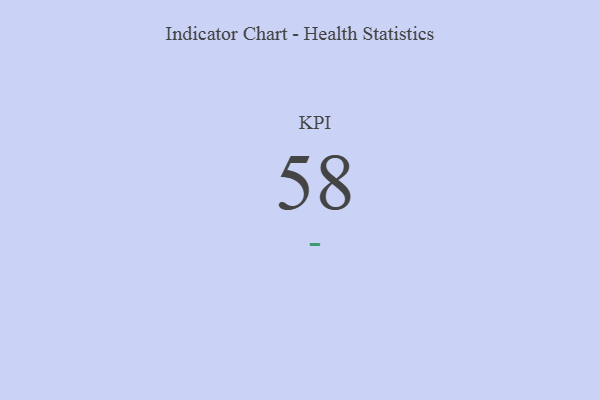
{"axis": {"x": "KPI", "y": "Value"}, "legend": [""], "data": [{"x": "KPI", "y": 58, "type": ""}]}